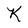
Character: K